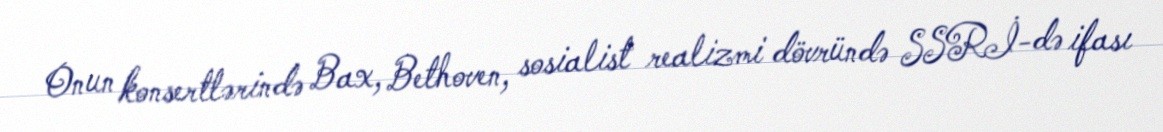
Onun konsertlərində Bax, Bethoven, sosialist realizmi dövründə SSRİ-də ifası